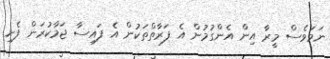
ނަމަވެސް މީރާ އިން އެންގުމުން އެ ފަރާތްތަކުން އެ ފައިސާ ޖަމާކުރަން ފެށި